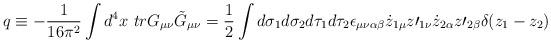
LaTeX: \begin{align*}q\equiv -\frac{1}{16\pi^2}\int d^4x\mbox{ } trG_{\mu\nu}\tilde{G}_{\mu \nu}=\frac{1}{2}\int d\sigma_1 d\sigma_2 d\tau_1 d\tau_2\epsilon_{\mu \nu \alpha \beta} \dot{z}_{1\mu}z\prime_{1\nu}\dot{z}_{2\alpha}z\prime_{2\beta}\delta(z_1-z_2)\end{align*}